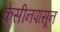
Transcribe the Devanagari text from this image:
केसीनपासून